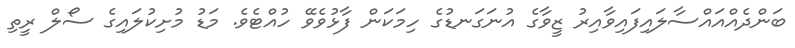
ބަންދެއްއައްސާލައިފައިވާއިރު ޒީވާގެ އުނަގަނޑުގެ ހިމަކަން ފާޅުވެވޭ ހުއްޓެވެ. މަޑު މުށިކުލައިގެ ސޯލް ރީތި